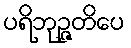
ပရိဘုဉ္ဇတိပေ